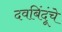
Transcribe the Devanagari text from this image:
दवबिंदूंचे